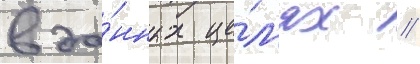
в да́нных це́л'ях //